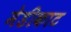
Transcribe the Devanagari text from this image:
मेडीकाट